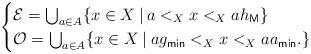
LaTeX: \begin{gather*}\begin{cases}\mathcal{E} =\bigcup_{a \in A}\{x \in X\: | \: a <_{X} x <_{X} ah_{\sf M} \}\\\mathcal{O} =\bigcup_{a \in A}\{x \in X\: | \: ag_{\sf min} <_{X} x <_{X} aa_{\sf min}.\}\end{cases}\end{gather*}